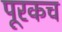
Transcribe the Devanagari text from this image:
पूरकच